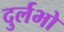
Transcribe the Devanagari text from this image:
दुर्लभो